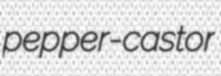
pepper-castor